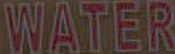
WATER